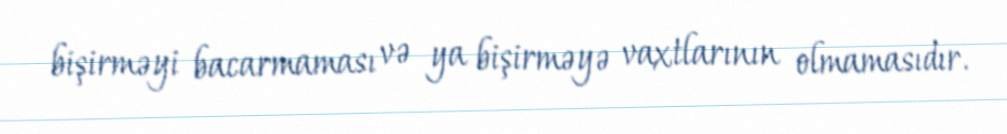
bişirməyi bacarmaması və ya bişirməyə vaxtlarının olmamasıdır.